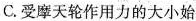
C.受摩天轮作用力的大小始